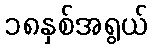
၁၈နှစ်အရွယ်